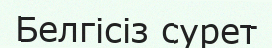
Белгісіз сурет